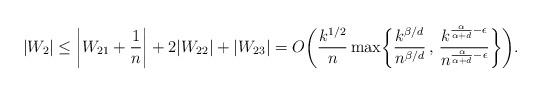
LaTeX: \begin{align*}|W_2| \leq \biggl|W_{21}+\frac{1}{n}\biggr| + 2|W_{22}| + |W_{23}| = O\biggl(\frac{k^{1/2}}{n}\max\biggl\{\frac{k^{\beta/d}}{n^{\beta/d}} \, , \, \frac{k^{\frac{\alpha}{\alpha+d} - \epsilon}}{n^{\frac{\alpha}{\alpha+d} - \epsilon}}\biggr\}\biggr).\end{align*}